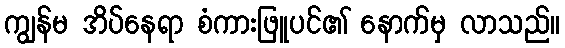
ကျွန်မ အိပ်နေရာ စံကားဖြူပင်၏ နောက်မှ လာသည်။